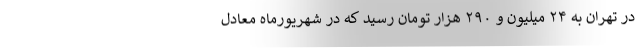
در تهران به ۲۴ میلیون و ۲۹۰ هزار تومان رسید که در شهریورماه معادل